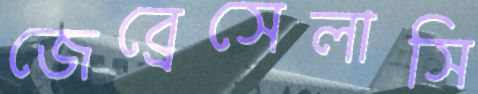
জেব্রেসেলাসি